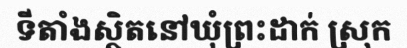
ទីតាំងស្ថិតនៅឃុំព្រះដាក់ ស្រុក